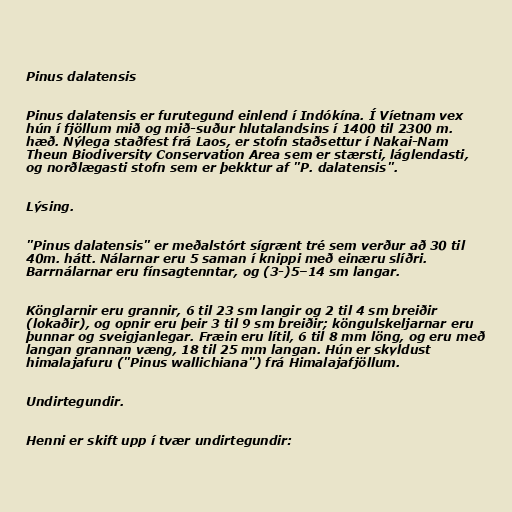
Pinus dalatensis

Pinus dalatensis er furutegund einlend í Indókína. Í Víetnam vex
hún í fjöllum mið og mið-suður hlutalandsins í 1400 til 2300 m.
hæð. Nýlega staðfest frá Laos, er stofn staðsettur í Nakai-Nam
Theun Biodiversity Conservation Area sem er stærsti, láglendasti,
og norðlægasti stofn sem er þekktur af "P. dalatensis".

Lýsing.

"Pinus dalatensis" er meðalstórt sígrænt tré sem verður að 30 til
40m. hátt. Nálarnar eru 5 saman í knippi með einæru slíðri.
Barrnálarnar eru fínsagtenntar, og (3-)5–14 sm langar.

Könglarnir eru grannir, 6 til 23 sm langir og 2 til 4 sm breiðir
(lokaðir), og opnir eru þeir 3 til 9 sm breiðir; köngulskeljarnar eru
þunnar og sveigjanlegar. Fræin eru lítil, 6 til 8 mm löng, og eru með
langan grannan væng, 18 til 25 mm langan. Hún er skyldust
himalajafuru ("Pinus wallichiana") frá Himalajafjöllum.

Undirtegundir.

Henni er skift upp í tvær undirtegundir: